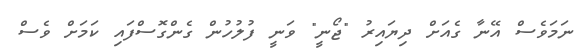
ނަމަވެސް އޭނާ ގެއަށް ދިޔައިރު "ޖޯނީ" ވަނީ ފުލުހުން ގެންގޮސްފައި ކަމަށް ވެސް